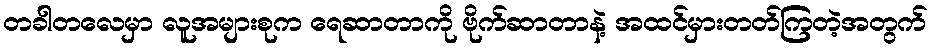
တခါတလေမှာ လူအများစုက ရေဆာတာကို ဗိုက်ဆာတာနဲ့ အထင်မှားတတ်ကြတဲ့အတွက်